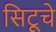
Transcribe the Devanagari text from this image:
सिटूचे